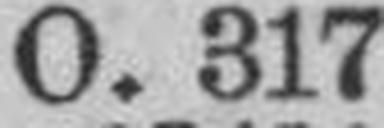
O. 317